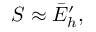
S \approx \bar { E } _ { h } ^ { \prime } ,